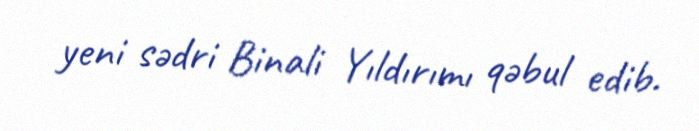
yeni sədri Binali Yıldırımı qəbul edib.